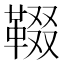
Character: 𩋁